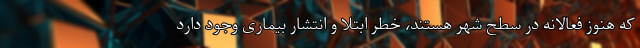
که هنوز فعالانه در سطح شهر هستند، خطر ابتلا و انتشار بیماری وجود دارد